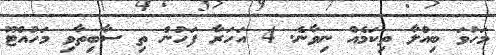
މަހުވަ ބިއްލާ ތިކަމެއް ނިވާނެ. 4 އަހަރާ ފަހުން ތި ސާބިތާވި މަހުއްޓޫ